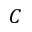
C